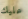
عليك